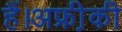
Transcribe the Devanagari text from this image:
हैं।अफ्री़की